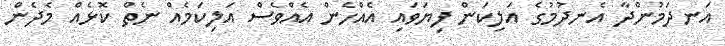
އަނދަމުންދާ އެނދުމުގެ އަލިކަން ފިޔަވައި އެއްހެން އެއްވެސް އަލިކަމެއް ނެތް ކޮޅެއް މެދެން